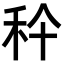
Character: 𥝺